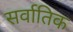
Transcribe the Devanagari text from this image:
सर्वातिक